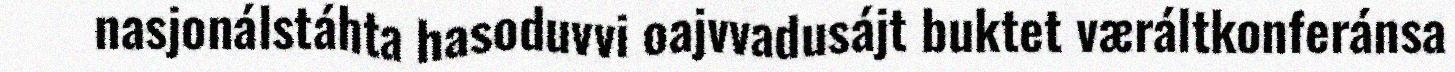
nasjonálstáhta hasoduvvi oajvvadusájt buktet væráltkonferánsa